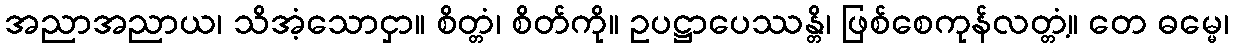
အညာအညာယ၊ သိအံ့သောငှာ။ စိတ္တံ၊ စိတ်ကို။ ဥပဋ္ဌာပေဿန္တိ၊ ဖြစ်စေကုန်လတ္တံ့။ တေ ဓမ္မေ၊